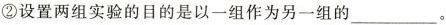
②设置两组实验的目的是以一组作为另一组的___。